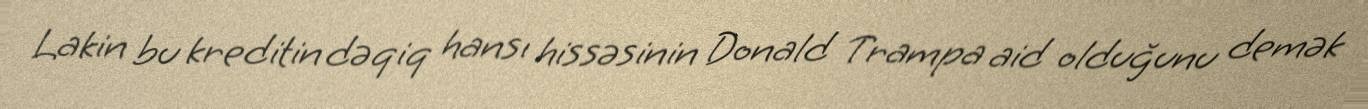
Lakin bu kreditin dəqiq hansı hissəsinin Donald Trampa aid olduğunu demək